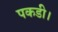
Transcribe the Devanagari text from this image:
पकडी।